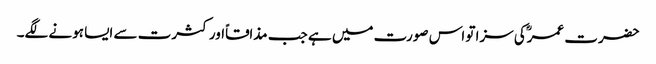
حضرت عمرؓکی سزا تو اس صورت میں ہے جب مذاقاًاور کثرت سے ایسا ہونے لگے۔